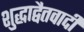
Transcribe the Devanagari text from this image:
शुद्धाद्वैतवादी